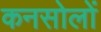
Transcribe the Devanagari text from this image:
कनसोलों